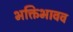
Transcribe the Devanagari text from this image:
भक्तिभावव